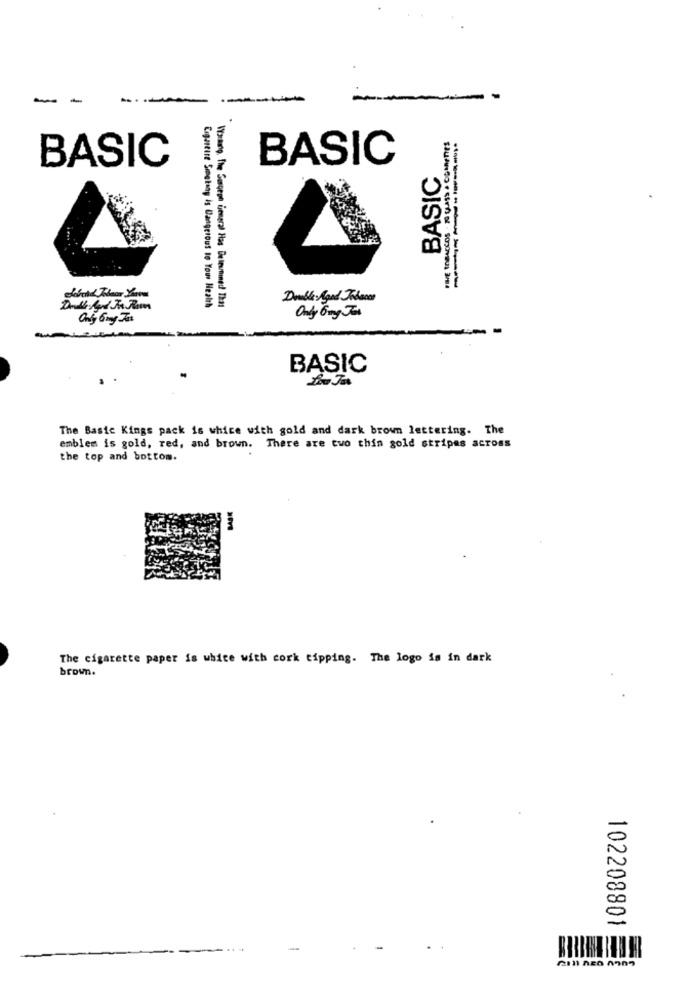
BASIC
BASIC
BASIC
Cigarette Smootany is Dangerous to Your Nealth
Warmup, The Surgeon General Has Beleunimed Thas
Only Ony Jas
BASIC
The Basic Kings pack is whice with gold and dark brown lettering. The
emblem is gold, red, and brown. There are two thin gold stripes across
the top and bottom.
The cigarette paper is white with cork tipping. The logo is in dark
brown.
102208801